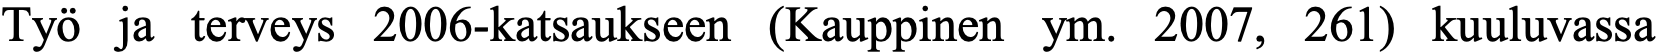
Työ ja terveys 2006-katsaukseen (Kauppinen ym. 2007, 261) kuuluvassa